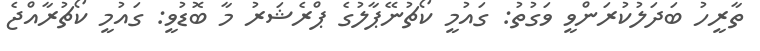
ތާރީހު ބަދަލުކުރަންވީ ވަގުތު: ގައުމީ ކޯޗުނޭޕާލުގެ ޕްރެޝަރު މާ ބޮޑުވީ: ގައުމީ ކޯޗުރާއްޖެ